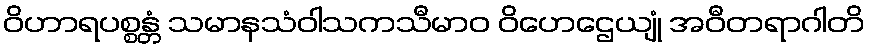
ဝိဟာရပစ္စန္တံ သမာနသံဝါသကသီမာဝ ဝိဟေဌေယျုံ အဝီတရာဂါတိ